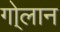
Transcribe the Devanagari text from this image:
गो्लान